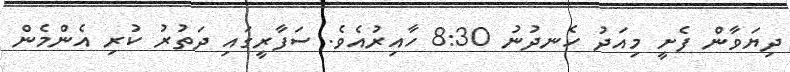
ދިޔަވާން ފެށީ މިއަދު ހެނދުނު 8:30 ހާއިރުއެވެ. ސަފާރީގައި ދަތުރު ކުރި އެންމެން